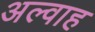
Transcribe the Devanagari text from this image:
अल्वाह